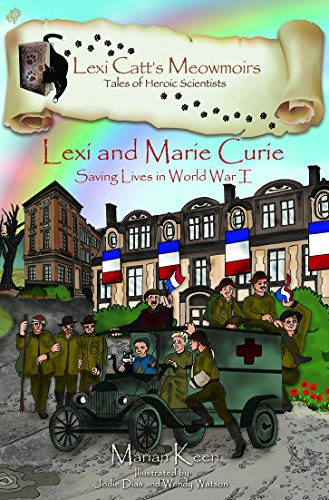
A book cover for Lexi and Marie Curie: Saving Lives in World War I (Lexi Catt's Meowmoirs - Tales of Heroic Scientists); Marian Keen; Children's Books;